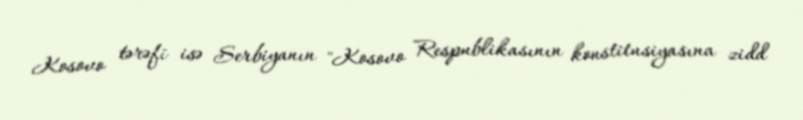
Kosovo tərəfi isə Serbiyanın "Kosovo Respublikasının konstitusiyasına zidd